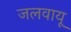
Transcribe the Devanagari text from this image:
जलवायू